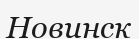
Новинск